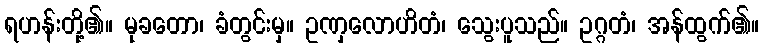
ရဟန်းတို့၏။ မုခတော၊ ခံတွင်းမှ။ ဥဏှလောဟိတံ၊ သွေးပူသည်။ ဥဂ္ဂတံ၊ အန်ထွက်၏။